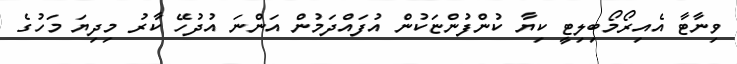
ވިނާޓާ އެއިރޯމޯބިލިޓީ ކިޔާ ކުންފުންޏަކުން އުފައްދަމުން އަންނަ އުދުހޭ ކާރު މިދިޔަ މަހުގެ